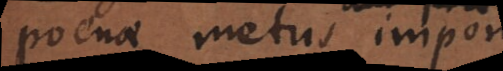
poenae metus aut